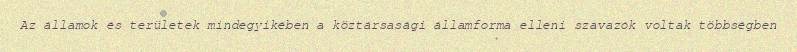
Az államok és területek mindegyikében a köztársasági államforma elleni szavazók voltak többségben